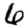
Digit: 6